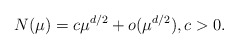
\begin{align*}N(\mu) = c\mu^{d/2} + o(\mu^{d/2}), c>0.\end{align*}